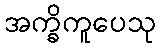
အက္ခိကူပေသု